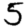
Digit: 5